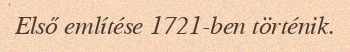
Első említése 1721-ben történik.